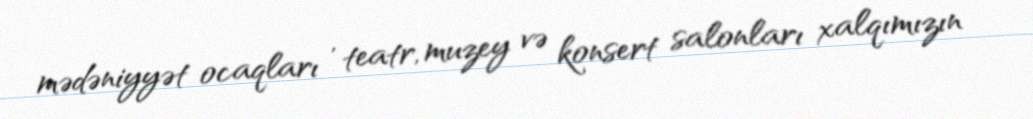
mədəniyyət ocaqları , teatr, muzey və konsert salonları xalqımızın